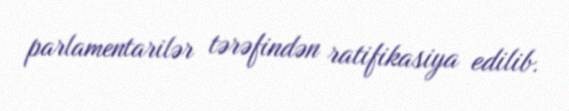
parlamentarilər tərəfindən ratifikasiya edilib.